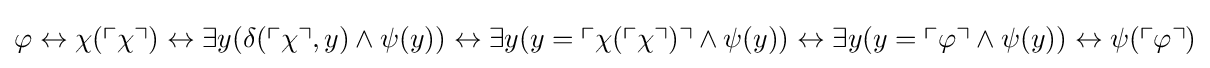
\varphi \leftrightarrow \chi (\ulcorner \chi \urcorner )\leftrightarrow \exists y(\delta (\ulcorner \chi \urcorner ,y)\land \psi (y))\leftrightarrow \exists y(y=\ulcorner \chi (\ulcorner \chi \urcorner )\urcorner \land \psi (y))\leftrightarrow \exists y(y=\ulcorner \varphi \urcorner \land \psi (y))\leftrightarrow \psi (\ulcorner \varphi \urcorner )